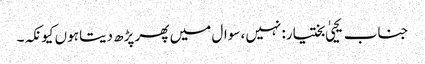
جناب یحییٰ بختیار: نہیں، سوال میں پھر پڑھ دیتا ہوں کیونکہ۔